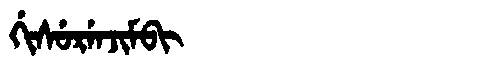
Manchu: ᡤᡳᠰᡠᡵᡝᠨᠵᡳᠮᠪᡳ
Romanization: GISURENJIMBI